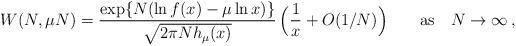
\begin{align*} W(N,\mu N) = \frac{ \exp \{ N (\ln f(x) - \mu \ln x) \} } { \sqrt{ 2\pi N h_\mu(x) } } \, \Bigl( \frac{1}{x} + O(1/N) \Bigr) \qquad {\rm as} \quad N\rightarrow \infty \,,\end{align*}